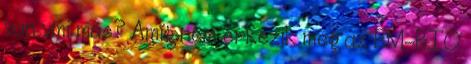
van vmi más? Amíg nem érkezik meg az EM-BIO